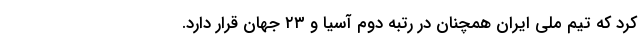
کرد که تیم ملی ایران همچنان در رتبه دوم آسیا و ۲۳ جهان قرار دارد.